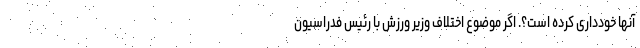
آنها خودداری کرده است؟. اگر موضوع اختلاف وزیر ورزش با رئیس فدراسیون